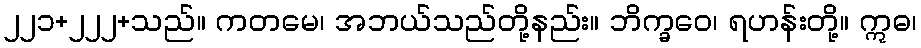
၂၂၁+၂၂၂+သည်။ ကတမေ၊ အဘယ်သည်တို့နည်း။ ဘိက္ခဝေ၊ ရဟန်းတို့။ ဣဓ၊